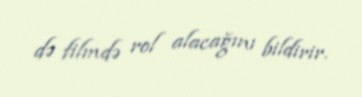
də filmdə rol alacağını bildirir.